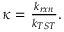
\begin{array} { r } { \kappa = \frac { k _ { r x n } } { k _ { T S T } } . } \end{array}